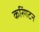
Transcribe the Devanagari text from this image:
करिंगटन